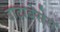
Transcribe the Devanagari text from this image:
डाटाबेसेस